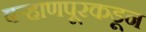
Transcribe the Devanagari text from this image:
बऱ्हाणपूरकडून